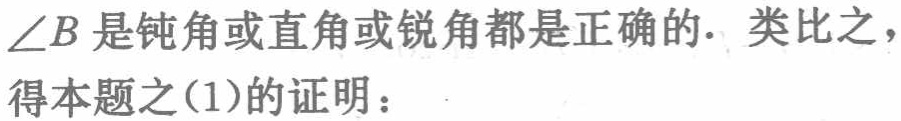
\(\angle B\)是钝角或直角或锐角都是正确的. 类比之，得本题之(1)的证明：